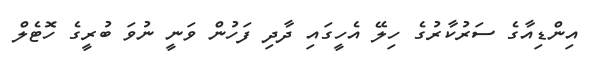
އިންޑިއާގެ ސަރުކާރުގެ ހިލޭ އެހީގައި ދާދި ފަހުން ވަނީ ނުވަ ބުރީގެ ހޮޓެލް